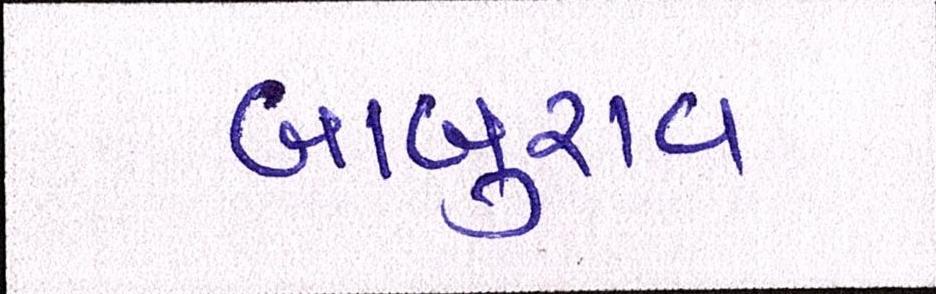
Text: બાબુરાવ